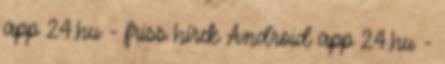
app 24.hu - friss hírek Android app 24.hu -